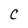
Character: C